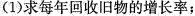
(1) 求每年回收旧物的增长率；